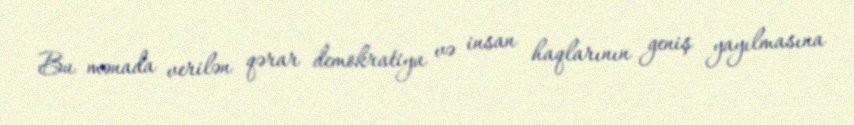
Bu mənada verilən qərar demokratiya və insan haqlarının geniş yayılmasına